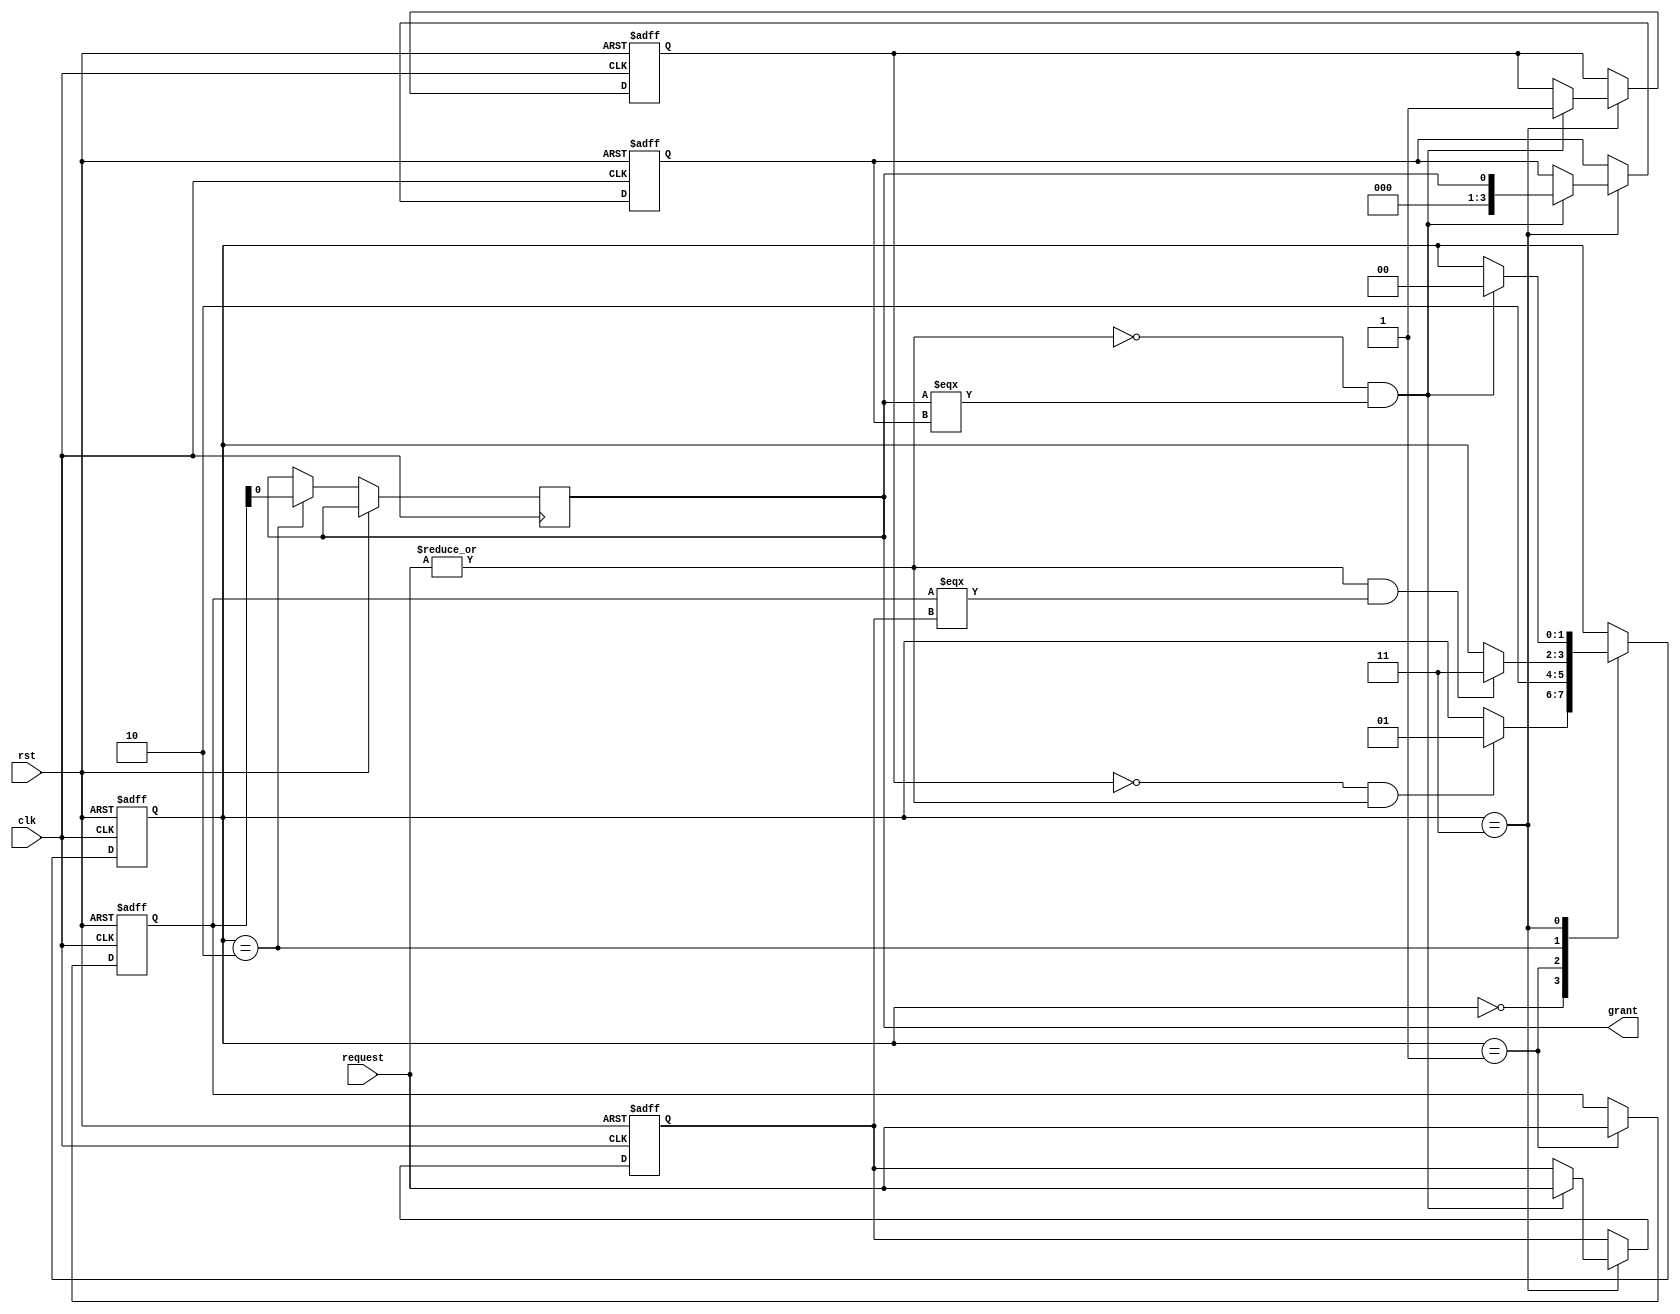
module serial_arbiter (
    input wire clk,
    input wire rst,
    input wire [NUM_ENTITIES-1:0] request,
    output reg grant
);

parameter NUM_ENTITIES = 4;
reg [NUM_ENTITIES-1:0] priority;
reg [NUM_ENTITIES-1:0] req_ff;
reg [NUM_ENTITIES-1:0] grant_ff;
reg [1:0] state;
reg locked;

always @(posedge clk or posedge rst) begin
    if (rst) begin
        priority <= {NUM_ENTITIES{1'b0}};
        req_ff <= {NUM_ENTITIES{1'b0}};
        grant_ff <= {NUM_ENTITIES{1'b0}};
        state <= 2'b00;
        locked <= 1'b0;
    end else begin
        case (state)
            2'b00: begin // Idle state
                if (locked == 1'b0 && |request) begin
                    state <= 2'b01; // Move to Request state
                end
            end
            2'b01: begin // Request state
                priority <= request;
                state <= 2'b10; // Move to Grant state
            end
            2'b10: begin // Grant state
                grant <= priority[0];
                if (|request && priority === req_ff) begin
                    state <= 2'b11; // Move to Lock state
                end
            end
            2'b11: begin // Lock state
                if (~|request && grant === grant_ff) begin
                    state <= 2'b00; // Move to Idle state
                    req_ff <= request;
                    grant_ff <= grant;
                    locked <= 1'b1;
                end
            end
        endcase
    end
end

endmodule